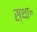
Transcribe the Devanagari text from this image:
स्था॰